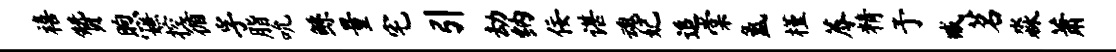
禧赞煦嫌控循孚脂吮鲧量宅引劫纳佞谌魂妃追棠氲槿蓐精予臧茗淼萧